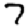
Digit: 7